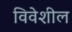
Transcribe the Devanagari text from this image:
विवेशील